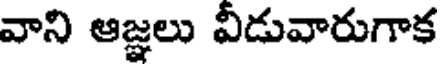
వాని ఆజ్ఞలు వీడువారుగాక